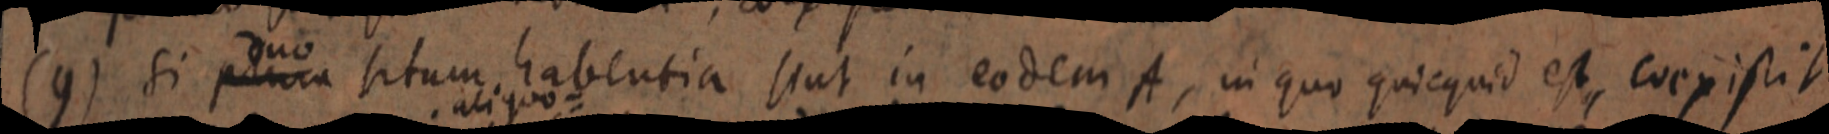
(9) si duo plura situm habentia sint in eodem A, in quo quicquid est, coexistit